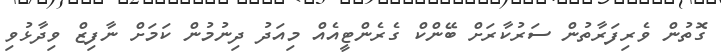
ގޮތުން ވެރިފަރާތުން ސަރުކާރަށް ބޭންކް ގެރެންޓީއެއް މިއަދު ދިނުމުން ކަމަށް ނާފިޒް ވިދާޅުވި